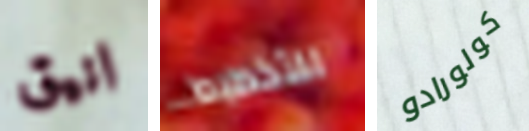
انيق للتخطيط كولورادو